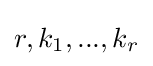
r,k_{1},...,k_{r}